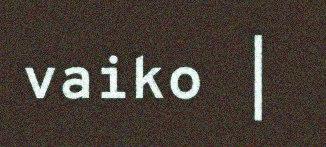
vaiko |